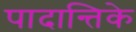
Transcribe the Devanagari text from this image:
पादान्तिके